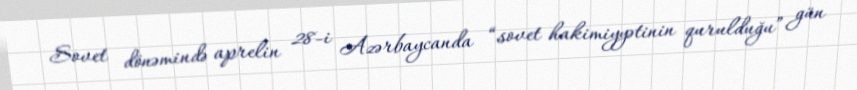
Sovet dönəmində aprelin 28-i Azərbaycanda “sovet hakimiyyətinin qurulduğu” gün